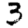
Digit: 3